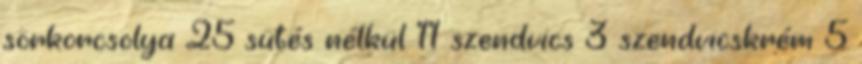
sörkorcsolya 25 sütés nélkül 11 szendvics 3 szendvicskrém 5